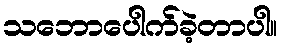
သဘောပေါက်ခဲ့တာပါ။